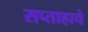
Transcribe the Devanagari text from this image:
सप्ताहाचे